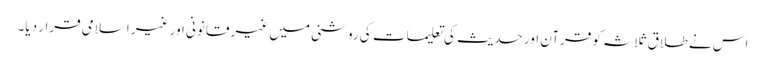
اس نے طلاق ثلاثہ کو قرآن اور حدیث کی تعلیمات کی روشنی میں غیر قانونی اور غیر اسلامی قرار دیا۔